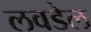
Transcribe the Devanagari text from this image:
लवडेल